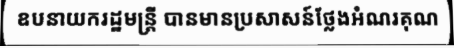
ឧបនាយករដ្ឋមន្ត្រី បានមានប្រសាសន៍ថ្លែងអំណរគុណ